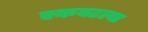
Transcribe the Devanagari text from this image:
एकवटल्या